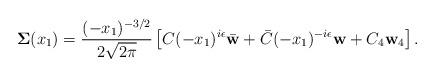
LaTeX: \begin{align*}\mathbf{\Sigma}(x_1)=\frac{(-x_1)^{-3/2}}{2\sqrt{2\pi}}\left[C(-x_1)^{i\epsilon}\bar{\mathbf{w}} + \bar{C}(-x_1)^{-i\epsilon}\mathbf{w} + C_4\mathbf{w}_4\right].\end{align*}